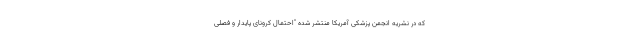
که در نشریه انجمن پزشکی آمریکا منتشر شده "احتمال کرونای پایدار و فصلی